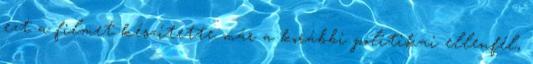
ezt a filmet készítette már a korábbi politikai ellenfél,